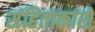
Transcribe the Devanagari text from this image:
संहिताकारों